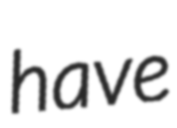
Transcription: have